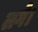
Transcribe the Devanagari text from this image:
लगे।